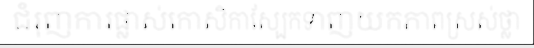
ជំរុញការផ្លាស់កោសិកាស្បែកទាញយកភាពស្រស់ថ្លា